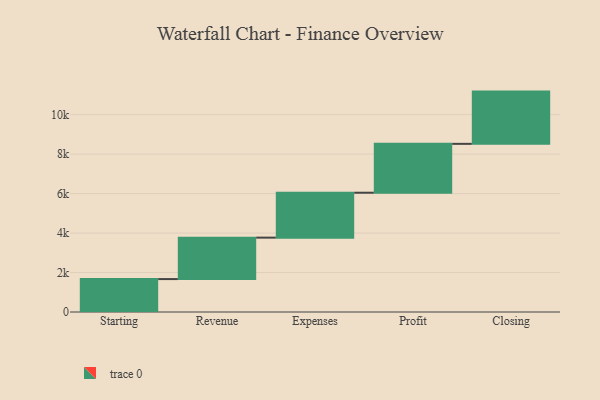
{"axis": {"x": "Step", "y": "Value"}, "legend": [""], "data": [{"x": "Starting", "y": 1668.0, "type": ""}, {"x": "Revenue", "y": 2100.0, "type": ""}, {"x": "Expenses", "y": 2275.0, "type": ""}, {"x": "Profit", "y": 2476.0, "type": ""}, {"x": "Closing", "y": 2647.0, "type": ""}]}